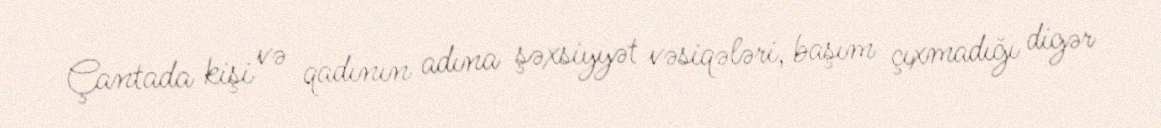
Çantada kişi və qadının adına şəxsiyyət vəsiqələri, başım çıxmadığı digər